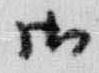
御